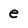
Character: e